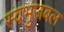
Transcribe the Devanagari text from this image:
स्वभुजबल